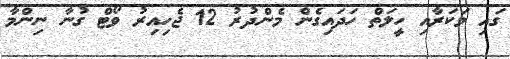
ގައި މަކަރާއި ހީލަތް ހަދައިގެން މެންދުރު 12 ޖެހިއިރު ވޯޓް ގުނާ ނިންމާ